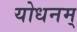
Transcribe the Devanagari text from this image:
योधनम्